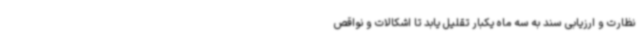
نظارت و ارزیابی سند به سه ماه یکبار تقلیل یابد تا اشکالات و نواقص